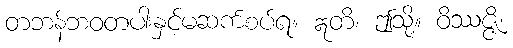
တဘန်ဘဝတပါးနှင့်မဆက်စပ်ရ။ ဣတိ၊ ဤသို့။ ဝိဿဇ္ဇိ၊